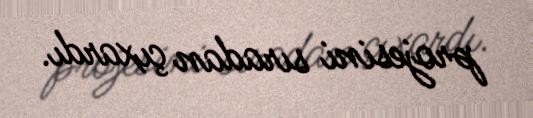
projesini sıradan çıxardı.